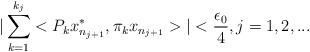
LaTeX: \begin{align*}|\sum_{k=1}^{k_{j}}<P_{k}x^{*}_{n_{j+1}},\pi_{k}x_{n_{j+1}}>|<\frac{\epsilon_{0}}{4}, j=1,2,...\end{align*}